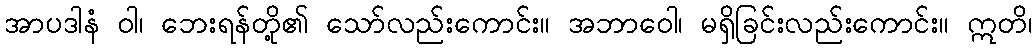
အာပဒါနံ ဝါ၊ ဘေးရန်တို့၏ သော်လည်းကောင်း။ အဘာဝေါ၊ မရှိခြင်းလည်းကောင်း။ ဣတိ၊